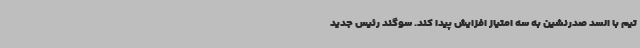
تیم با السد صدرنشین به سه امتیاز افزایش پیدا کند. سوگند رئیس جدید